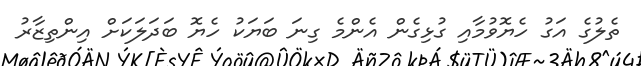
ތެލުގެ އަގު ހެޔޮވުމާއި ގުޅިގެން އެންމެ ގިނަ ބަޔަކު ހެޔޮ ބަދަލަކަށް އިންތިޒާރު